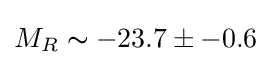
M_{R}\thicksim -23.7\pm -0.6